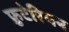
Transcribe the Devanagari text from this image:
फ्रुटेरियन